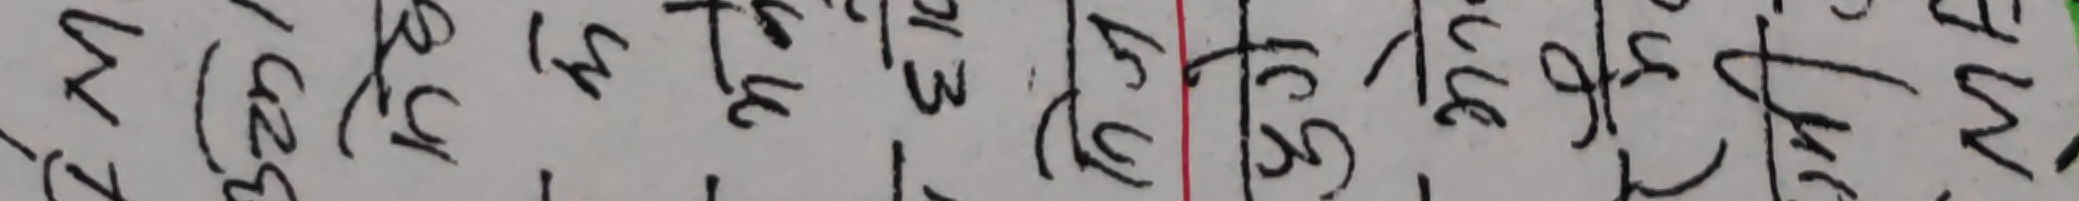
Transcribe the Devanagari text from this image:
त्र (८३) ख४च३ त्र३३ | ८७६ झछप जझच